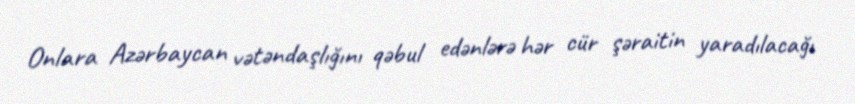
Onlara Azərbaycan vətəndaşlığını qəbul edənlərə hər cür şəraitin yaradılacağı